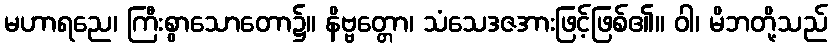
မဟာရညေ၊ ကြီးစွာသောတော၌။ နိဗ္ဗတ္တော၊ သံသေဒဇအားဖြင့်ဖြစ်၏။ ဝါ၊ မိဘတို့သည်